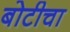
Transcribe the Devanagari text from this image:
बोटीचा